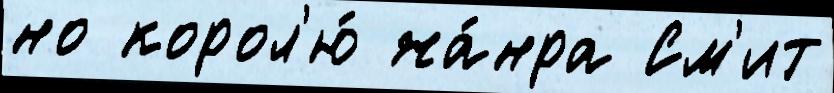
но корол'ю́ жа́нра См'ит